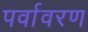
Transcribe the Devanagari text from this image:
पर्वावरण